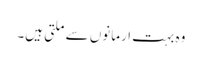
وہ بہت ارمانوں سے ملتی ہیں۔